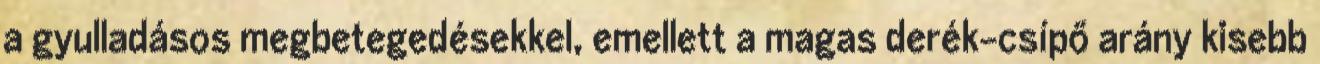
a gyulladásos megbetegedésekkel, emellett a magas derék-csípő arány kisebb